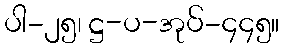
ပါ-၂၅၊ ဋ္ဌ-ပ-အုပ်-၄၄၅။